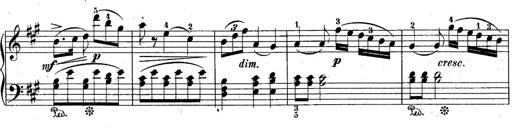
Title: 10 Sonatines progressives
Composer: Anton Schmoll